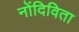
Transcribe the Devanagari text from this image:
नोंदिविता